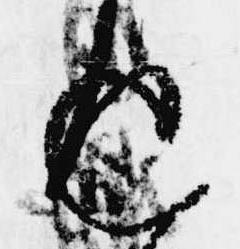
返